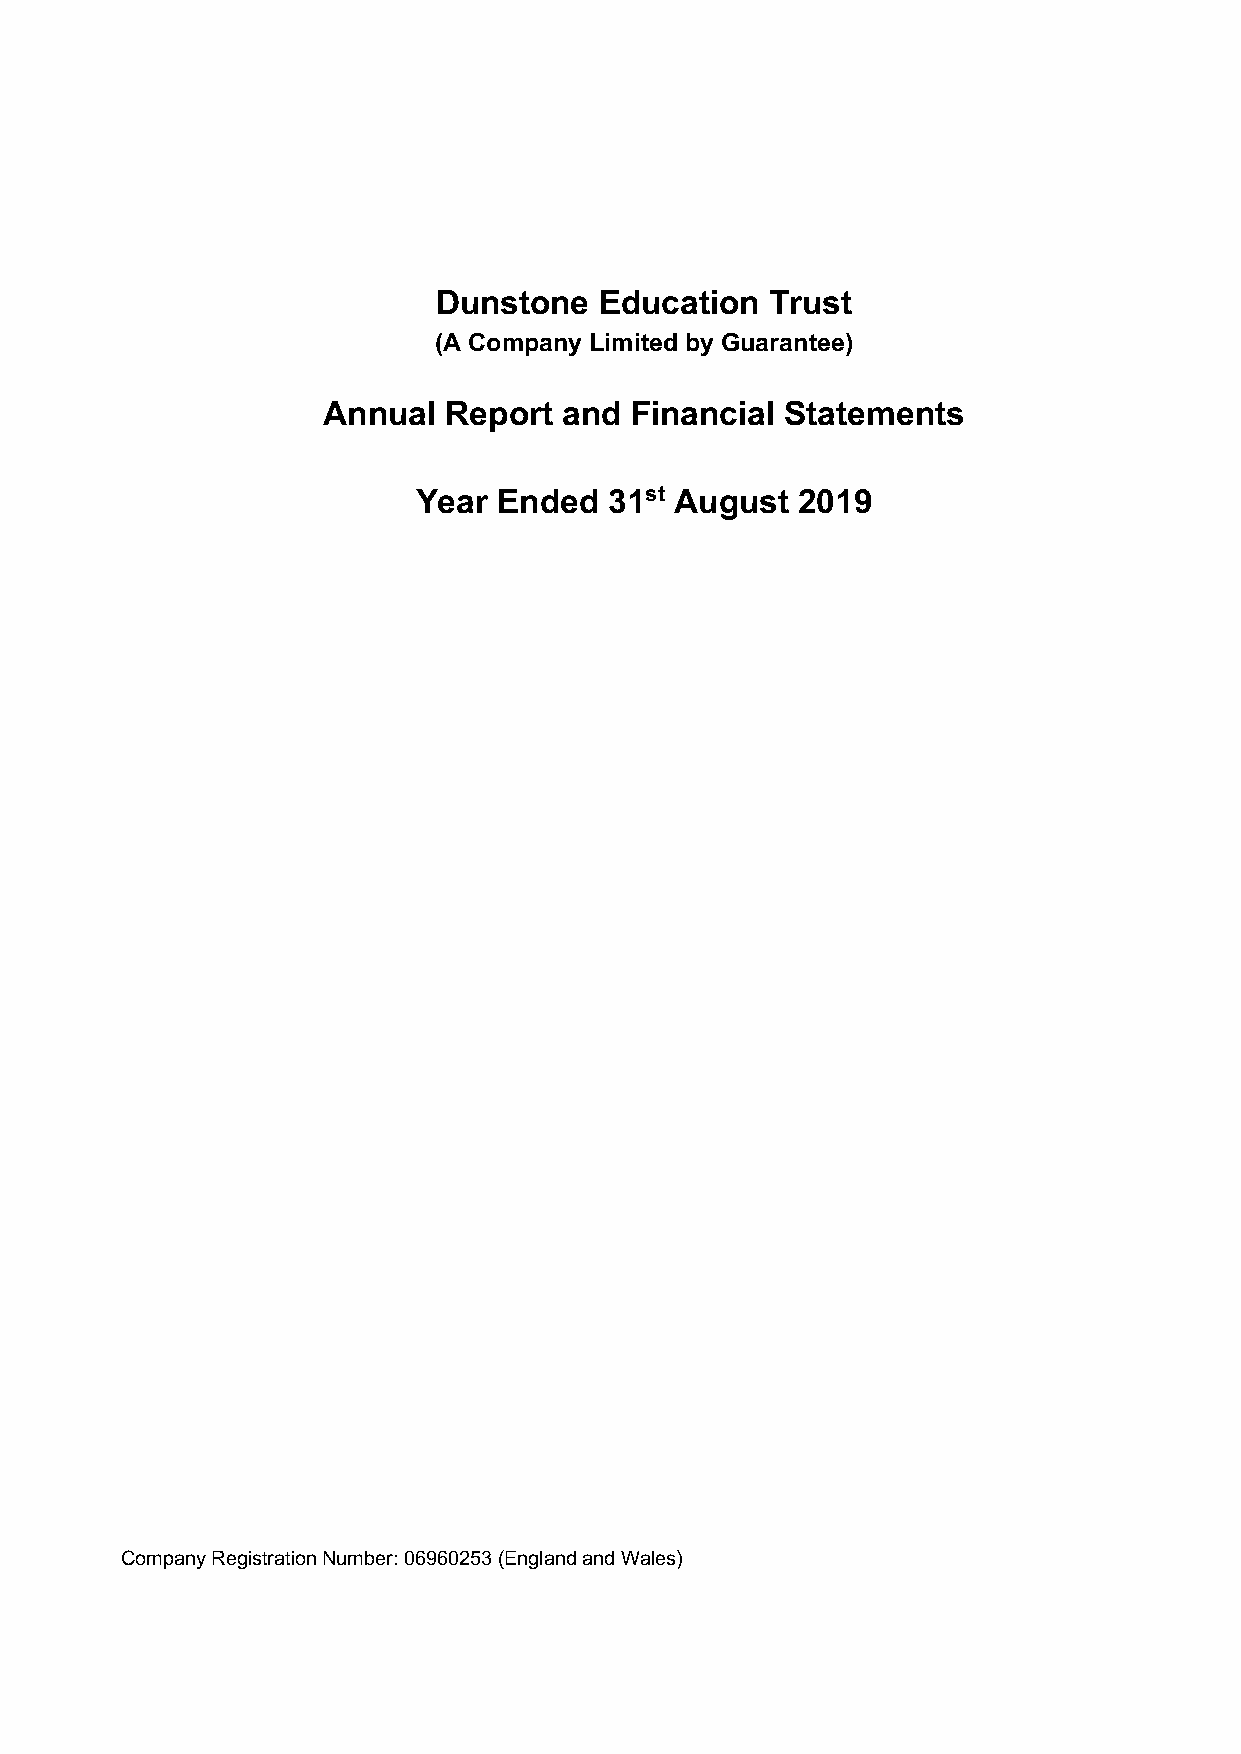
Dunstone   Education  Trust
 (A Company Limited by Guarantee)
 Annual  Report  and  Financial Statements
 Year  Ended  31st August  2019
 Company Registration Number: 06960253 (England and Wales)